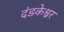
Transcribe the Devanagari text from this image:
दंडकेश्वर